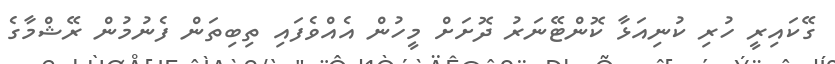
ގޭކައިރީ ހުރި ކުނިއަޅާ ކޮންޓޭނަރު ދޮށަށް މީހުން އެއްވެފައި ތިބިތަން ފެނުމުން ރޭޝްމާގެ